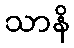
သာနိ